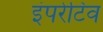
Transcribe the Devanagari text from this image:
इंपरेटिव